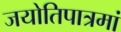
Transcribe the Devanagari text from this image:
जयोतिपात्रमां